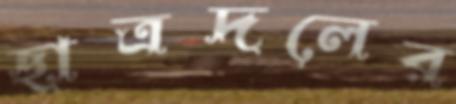
ছাত্রদলের